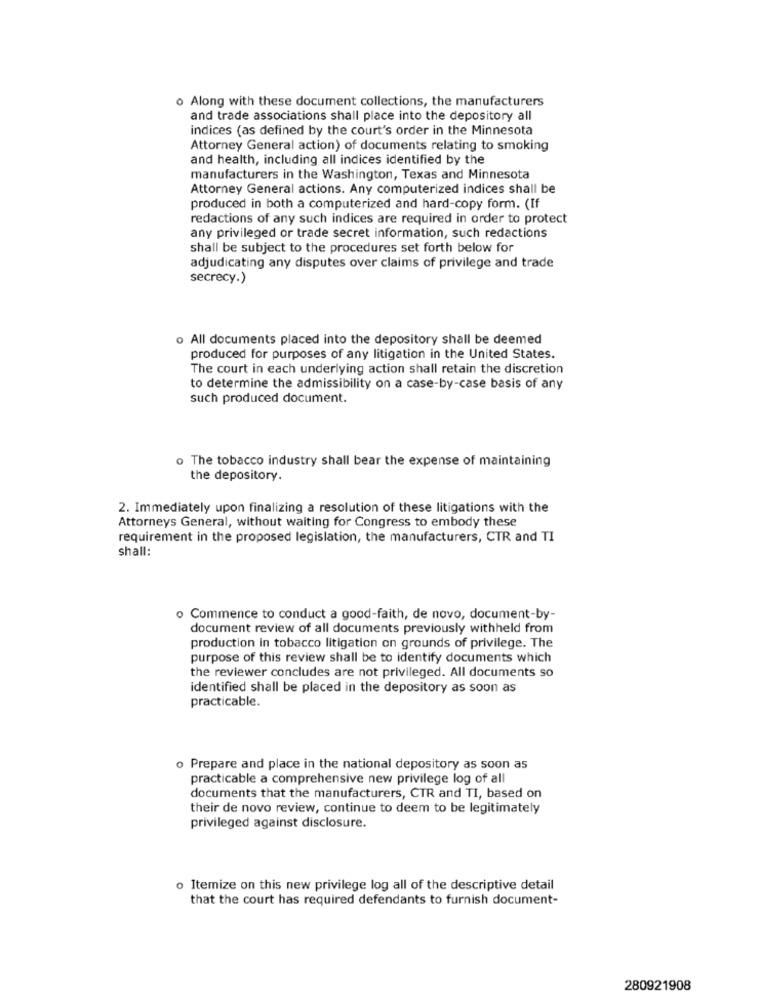
o Along with these document collections, the manufacturers
and trade associations shall place into the depository all
indices (as defined by the court's order in the Minnesota
Attorney General action) of documents relating to smoking
and health, including all indices identified by the
manufacturers in the Washington, Texas and Minnesota
Attorney General actions. Any computerized indices shall be
produced in both a computerized and hard-copy form. (If
redactions of any such indices are required in order to protect
any privileged or trade secret information, such redactions
shall be subject to the procedures set forth below for
adjudicating any disputes over claims of privilege and trade
secrecy.)
o All documents placed into the depository shall be deemed
produced for purposes of any litigation in the United States.
The court in each underlying action shall retain the discretion
to determine the admissibility on a case-by-case basis of any
such produced document.
o The tobacco industry shall bear the expense of maintaining
the depository.
2. Immediately upon finalizing a resolution of these litigations with the
Attorneys General, without waiting for Congress to embody these
requirement in the proposed legislation, the manufacturers, CTR and TI
shall:
o Commence to conduct a good-faith, de novo, document-by-
document review of all documents previously withheld from
production in tobacco litigation on grounds of privilege. The
purpose of this review shall be to identify documents which
the reviewer concludes are not privileged. All documents so
identified shall be placed in the depository as soon as
practicable.
o Prepare and place in the national depository as soon as
practicable a comprehensive new privilege log of all
documents that the manufacturers, CTR and TI, based on
their de novo review, continue to deem to be legitimately
privileged against disclosure.
o Itemize on this new privilege log all of the descriptive detail
that the court has required defendants to furnish document-
280921908